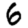
Digit: 6